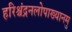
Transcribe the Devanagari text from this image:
हरिश्चंद्रनलोपाख्यानमु